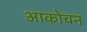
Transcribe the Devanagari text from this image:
आकोचन